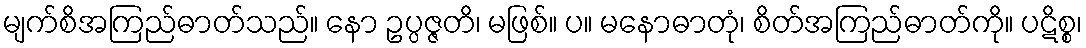
မျက်စိအကြည်ဓာတ်သည်။ နော ဥပ္ပဇ္ဇတိ၊ မဖြစ်။ ပ။ မနောဓာတုံ၊ စိတ်အကြည်ဓာတ်ကို။ ပဋိစ္စ၊